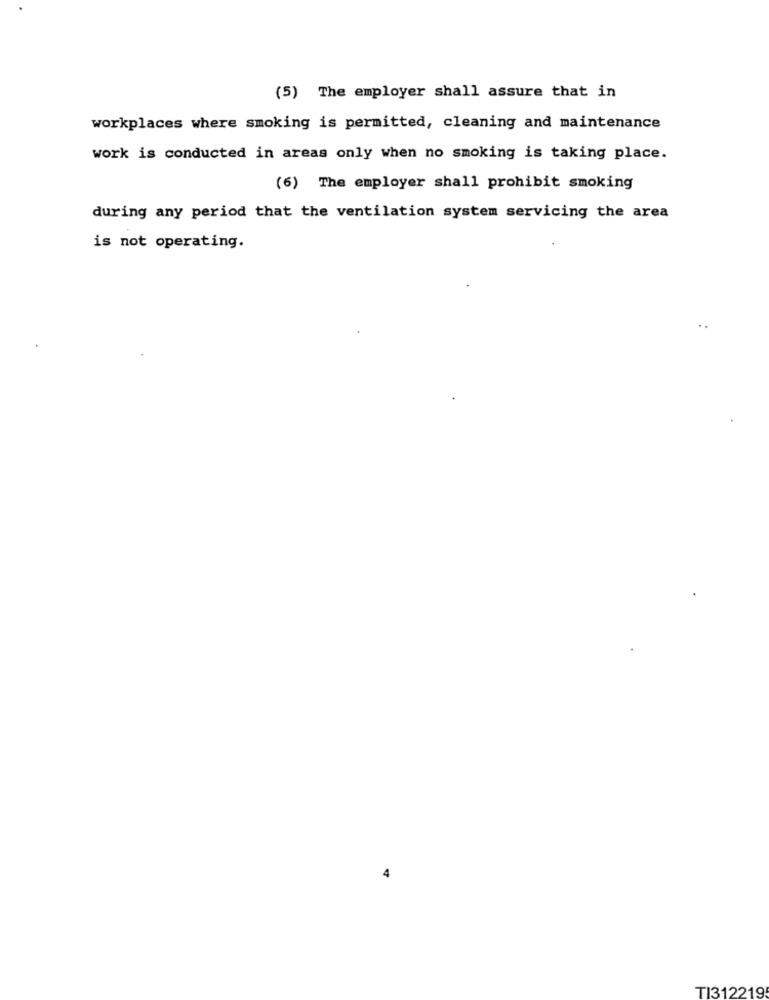
(5) The employer shall assure that in
workplaces where smoking is permitted, cleaning and maintenance
work is conducted in areas only when no smoking is taking place.
(6) The employer shall prohibit smoking
during any period that the ventilation system servicing the area
is not operating.
TI312219